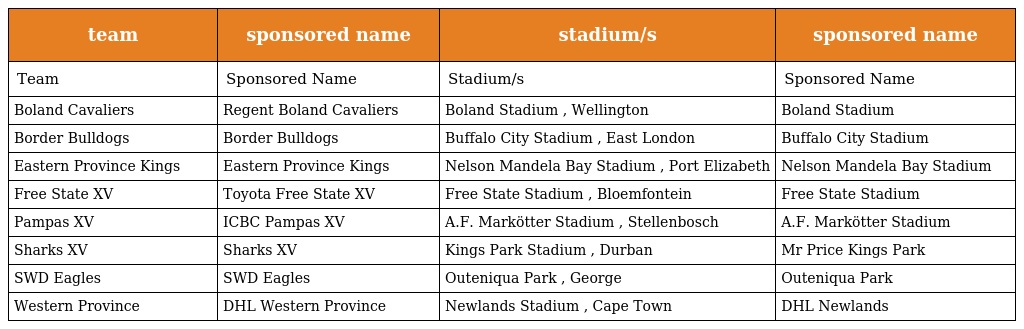
| team | sponsored name | stadium/s | sponsored name |
 | --- | --- | --- | --- |
 | Team | Sponsored Name | Stadium/s | Sponsored Name |
 | Boland Cavaliers | Regent Boland Cavaliers | Boland Stadium , Wellington | Boland Stadium |
 | Border Bulldogs | Border Bulldogs | Buffalo City Stadium , East London | Buffalo City Stadium |
 | Eastern Province Kings | Eastern Province Kings | Nelson Mandela Bay Stadium , Port Elizabeth | Nelson Mandela Bay Stadium |
 | Free State XV | Toyota Free State XV | Free State Stadium , Bloemfontein | Free State Stadium |
 | Pampas XV | ICBC Pampas XV | A.F. Markötter Stadium , Stellenbosch | A.F. Markötter Stadium |
 | Sharks XV | Sharks XV | Kings Park Stadium , Durban | Mr Price Kings Park |
 | SWD Eagles | SWD Eagles | Outeniqua Park , George | Outeniqua Park |
 | Western Province | DHL Western Province | Newlands Stadium , Cape Town | DHL Newlands |